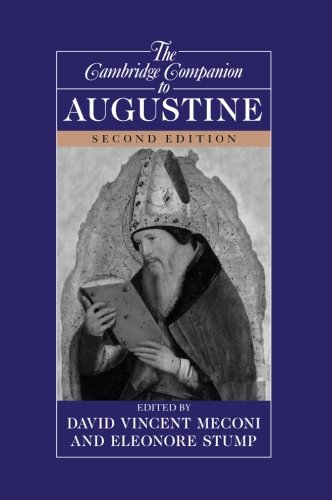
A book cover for The Cambridge Companion to Augustine (Cambridge Companions to Philosophy); Politics & Social Sciences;